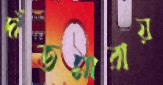
দাঁতমারায়